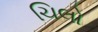
ચિલો